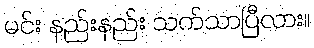
မင်း နည်းနည်း သက်သာပြီလား။